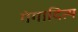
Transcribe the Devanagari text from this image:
गंगादित्य